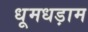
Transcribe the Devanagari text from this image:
धूमधड़ाम